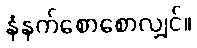
နံနက်စောစောလျှင်။